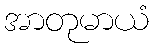
အာတုမာယံ